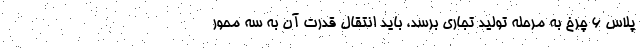
پلاس ۶ چرخ به مرحله تولید تجاری برسد، باید انتقال قدرت آن به سه محور